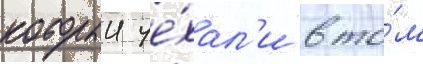
которыи уе́хал'и в то́м